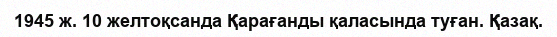
1945 ж. 10 желтоқсанда Қарағанды қаласында туған. Қазақ.